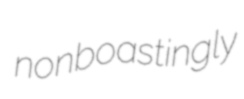
nonboastingly